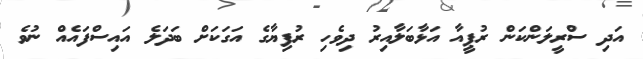
އަދި ސްރީލަންކަން ރުޕީއާ އަޅާބަލާއިރު ދިވެހި ރުފިޔާގެ އަގަކަށް ބަދަލެ އައިސްފައެއް ނުވެ